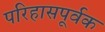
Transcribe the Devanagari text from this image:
परिहासपूर्वक